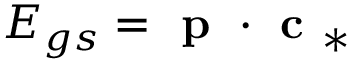
E _ { g s } = \textbf { p } \cdot \textbf { c } _ { * }